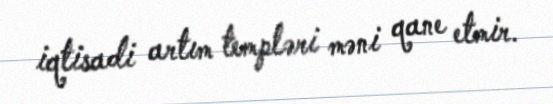
iqtisadi artım templəri məni qane etmir.